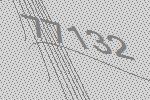
77132